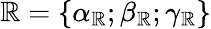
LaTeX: \mathbb{R}=\{ \alpha_{\mathbb{R}};\beta_{\mathbb{R}};\gamma_{\mathbb{R}}\}